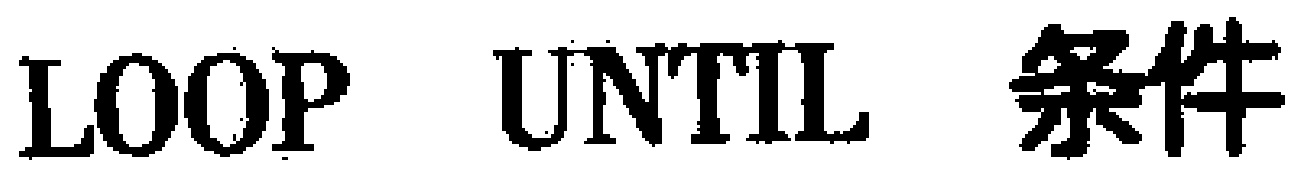
\texttt{LOOP UNTIL 条件}